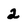
Character: 2